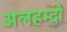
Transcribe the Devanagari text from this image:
अलहम्दो